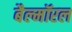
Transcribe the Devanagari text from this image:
बैल्मॉरल